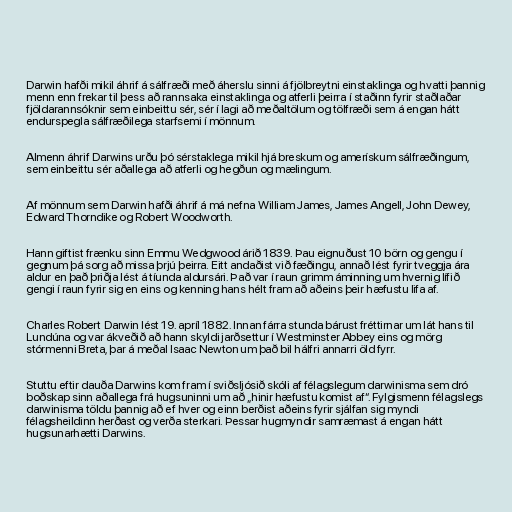
Darwin hafði mikil áhrif á sálfræði með áherslu sinni á fjölbreytni einstaklinga og hvatti þannig
menn enn frekar til þess að rannsaka einstaklinga og atferli þeirra í staðinn fyrir staðlaðar
fjöldarannsóknir sem einbeittu sér, sér í lagi að meðaltölum og tölfræði sem á engan hátt
endurspegla sálfræðilega starfsemi í mönnum.

Almenn áhrif Darwins urðu þó sérstaklega mikil hjá breskum og amerískum sálfræðingum,
sem einbeittu sér aðallega að atferli og hegðun og mælingum.

Af mönnum sem Darwin hafði áhrif á má nefna William James, James Angell, John Dewey,
Edward Thorndike og Robert Woodworth.

Hann giftist frænku sinn Emmu Wedgwood árið 1839. Þau eignuðust 10 börn og gengu í
gegnum þá sorg að missa þrjú þeirra. Eitt andaðist við fæðingu, annað lést fyrir tveggja ára
aldur en það þriðja lést á tíunda aldursári. Það var í raun grimm áminning um hvernig lífið
gengi í raun fyrir sig en eins og kenning hans hélt fram að aðeins þeir hæfustu lifa af.

Charles Robert Darwin lést 19. apríl 1882. Innan fárra stunda bárust fréttirnar um lát hans til
Lundúna og var ákveðið að hann skyldi jarðsettur í Westminster Abbey eins og mörg
stórmenni Breta, þar á meðal Isaac Newton um það bil hálfri annarri öld fyrr.

Stuttu eftir dauða Darwins kom fram í sviðsljósið skóli af félagslegum darwinisma sem dró
boðskap sinn aðallega frá hugsuninni um að „hinir hæfustu komist af“. Fylgismenn félagslegs
darwinisma töldu þannig að ef hver og einn berðist aðeins fyrir sjálfan sig myndi
félagsheildinn herðast og verða sterkari. Þessar hugmyndir samræmast á engan hátt
hugsunarhætti Darwins.